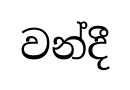
වන්දී